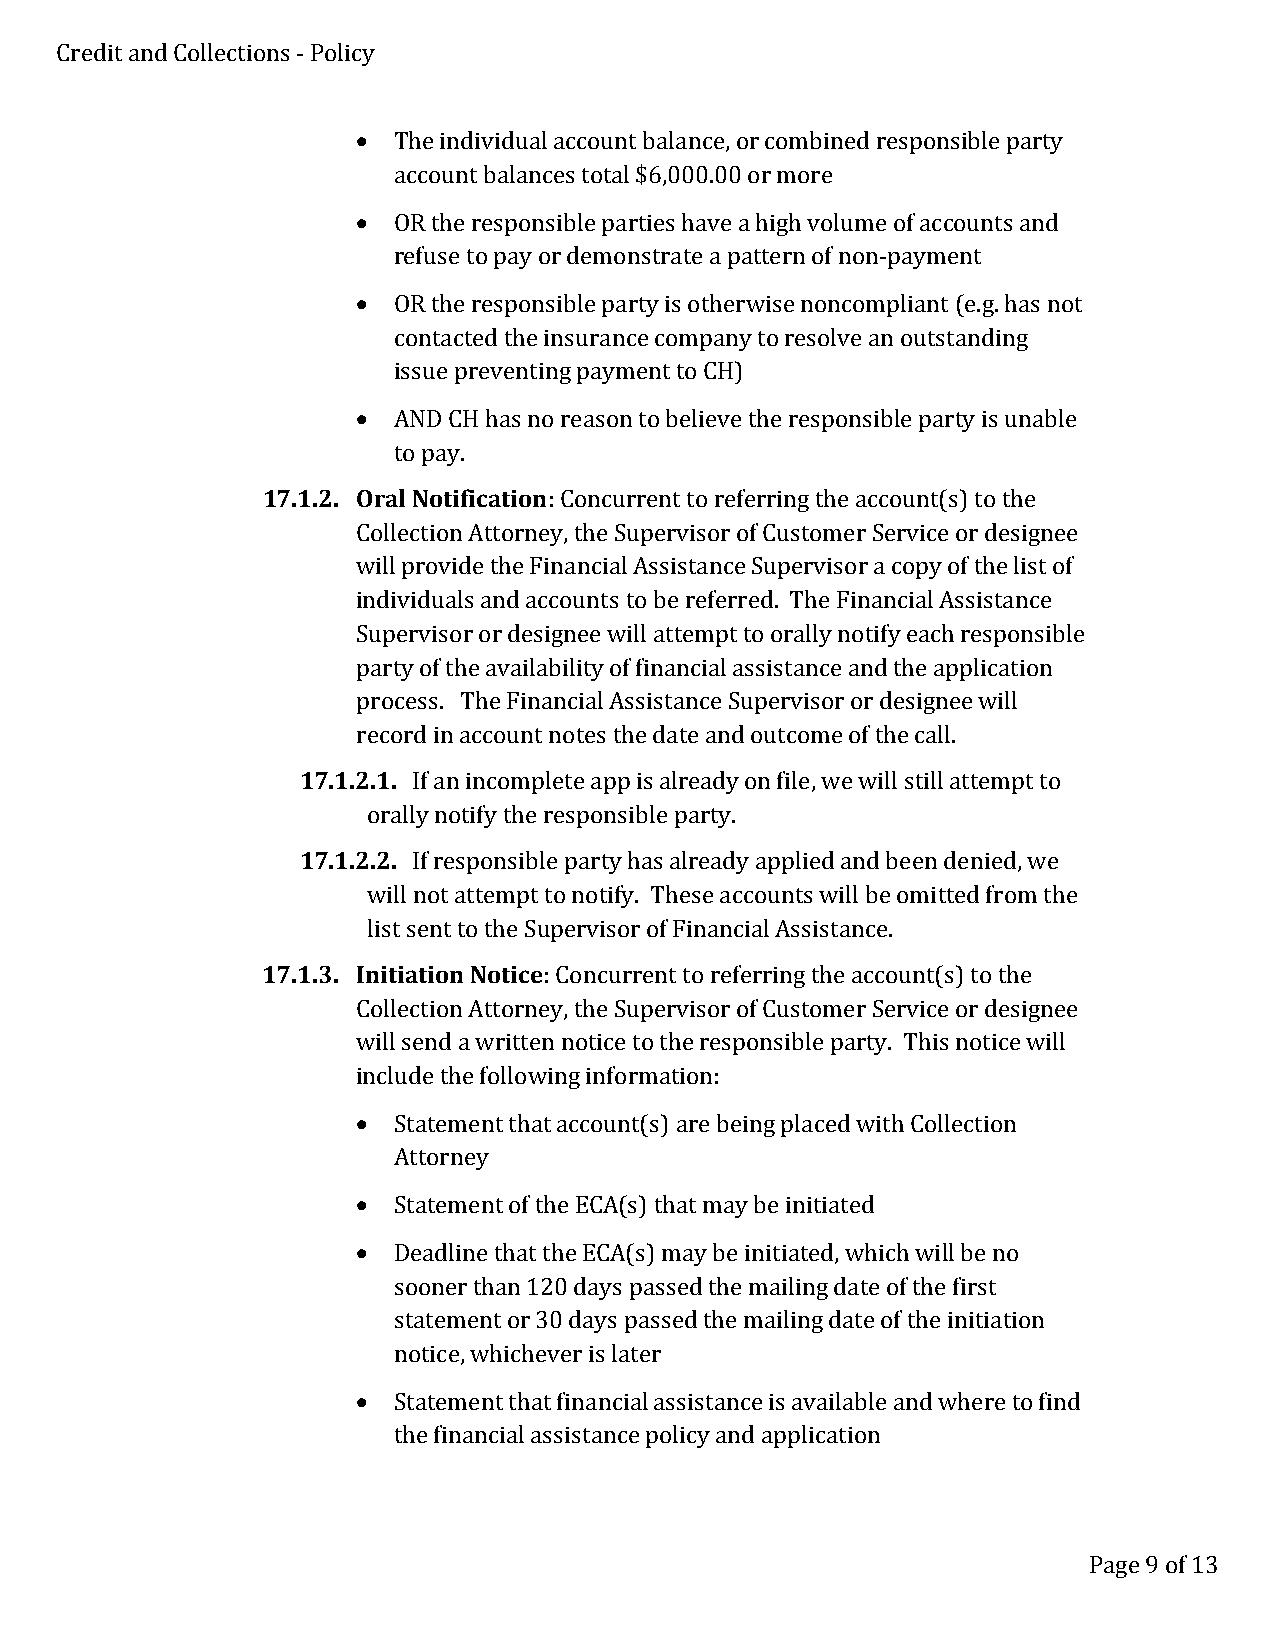
Credit and Collections - Policy
 • The individual account balance, or combined responsible party
 account balances total $6,000.00 or more
 • OR the responsible parties have a high volume of accounts and
 refuse to pay or demonstrate a pattern of non-payment
 • OR the responsible party is otherwise noncompliant (e.g. has not
 contacted the insurance company to resolve an outstanding
 issue preventing payment to CH)
 • AND CH has no reason to believe the responsible party is unable
 to pay.
 17.1.2. Oral Notification: Concurrent to referring the account(s) to the
 Collection Attorney, the Supervisor of Customer Service or designee
 will provide the Financial Assistance Supervisor a copy of the list of
 individuals and accounts to be referred. The Financial Assistance
 Supervisor or designee will attempt to orally notify each responsible
 party of the availability of financial assistance and the application
 process. The Financial Assistance Supervisor or designee will
 record in account notes the date and outcome of the call.
 17.1.2.1. If an incomplete app is already on file, we will still attempt to
 orally notify the responsible party.
 17.1.2.2. If responsible party has already applied and been denied, we
 will not attempt to notify. These accounts will be omitted from the
 list sent to the Supervisor of Financial Assistance.
 17.1.3. Initiation Notice: Concurrent to referring the account(s) to the
 Collection Attorney, the Supervisor of Customer Service or designee
 will send a written notice to the responsible party. This notice will
 include the following information:
 • Statement that account(s) are being placed with Collection
 Attorney
 • Statement of the ECA(s) that may be initiated
 • Deadline that the ECA(s) may be initiated, which will be no
 sooner than 120 days passed the mailing date of the first
 statement or 30 days passed the mailing date of the initiation
 notice, whichever is later
 • Statement that financial assistance is available and where to find
 the financial assistance policy and application
 Page 9 of 13